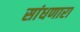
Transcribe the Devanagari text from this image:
सांधणारा